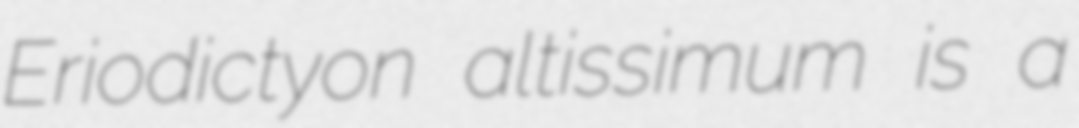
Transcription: Eriodictyon altissimum is a